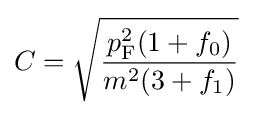
C={\sqrt {\frac {p_{\rm {F}}^{2}(1+f_{0})}{m^{2}(3+f_{1})}}}